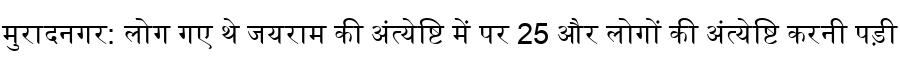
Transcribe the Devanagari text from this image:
मुरादनगर: लोग गए थे जयराम की अंत्येष्टि में पर 25 और लोगों की अंत्येष्टि करनी पड़ी